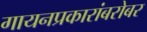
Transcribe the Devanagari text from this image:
गायनप्रकारांबरोबर